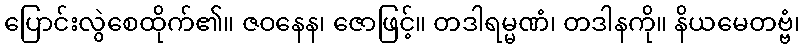
ပြောင်းလွဲစေထိုက်၏။ ဇဝနေန၊ ဇောဖြင့်။ တဒါရမ္မဏံ၊ တဒါနကို။ နိယမေတဗ္ဗံ၊